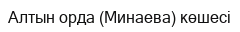
Алтын орда (Минаева) көшесі